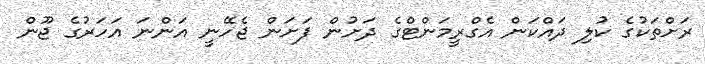
ރަށްތަކުގެ ކުލި ދައްކަން އެގްރީމަންޓްގެ ދަށުން ފަށަން ޖެހޭނީ އަންނަ އަހަރުގެ ޖޫން